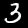
Digit: 3